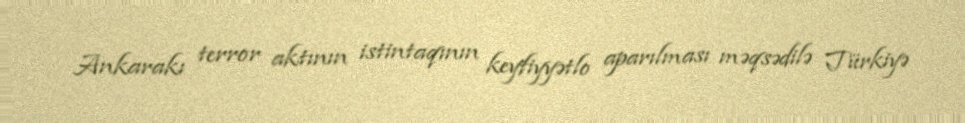
Ankarakı terror aktının istintaqının keyfiyyətlo aparılması məqsədilə Türkiyə